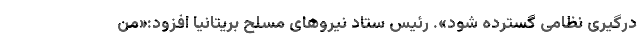
درگیری نظامی گسترده شود». رئیس ستاد نیروهای مسلح بریتانیا افزود:«من